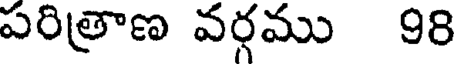
పరిత్రాణ వర్గము 98